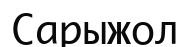
Сарыжол